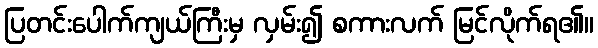
ပြတင်းပေါက်ကျယ်ကြီးမှ လှမ်း၍ စကားလက် မြင်လိုက်ရ၏။